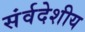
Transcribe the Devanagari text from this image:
संर्वदेशीय